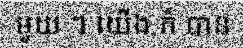
មួយ ។ យើង ក៏ បាន